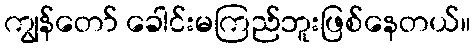
ကျွန်တော် ခေါင်းမကြည်ဘူးဖြစ်နေတယ်။